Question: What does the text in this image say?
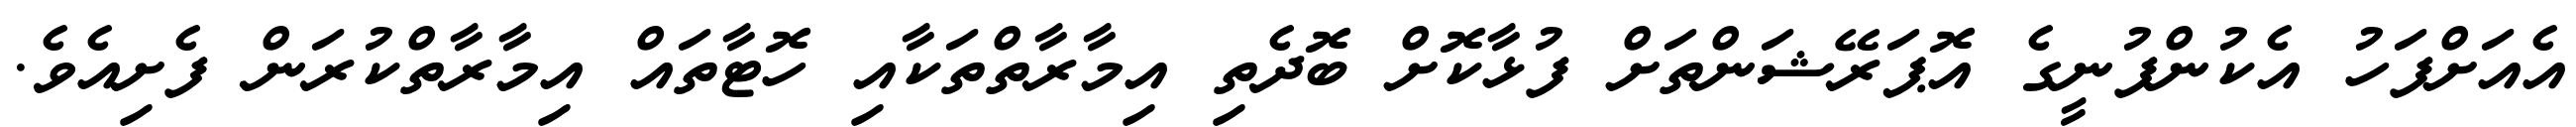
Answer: އެއަށްފަހު އެކުންފުނީގެ އޮޕަރޭޝަންތަށް ފުޅާކޮށް ބޮދެތި އިމާރާތްތަކާއި ހޮޓާތައް އިމާރާތްކުރަން ފެށިއެވެ.